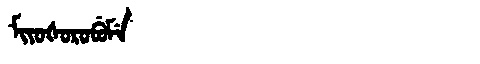
Manchu: ᠮᡳᠶᠣᡧᠣᡵᠣᠪᡠᠮᡝ
Romanization: MIYOŠOROBUME